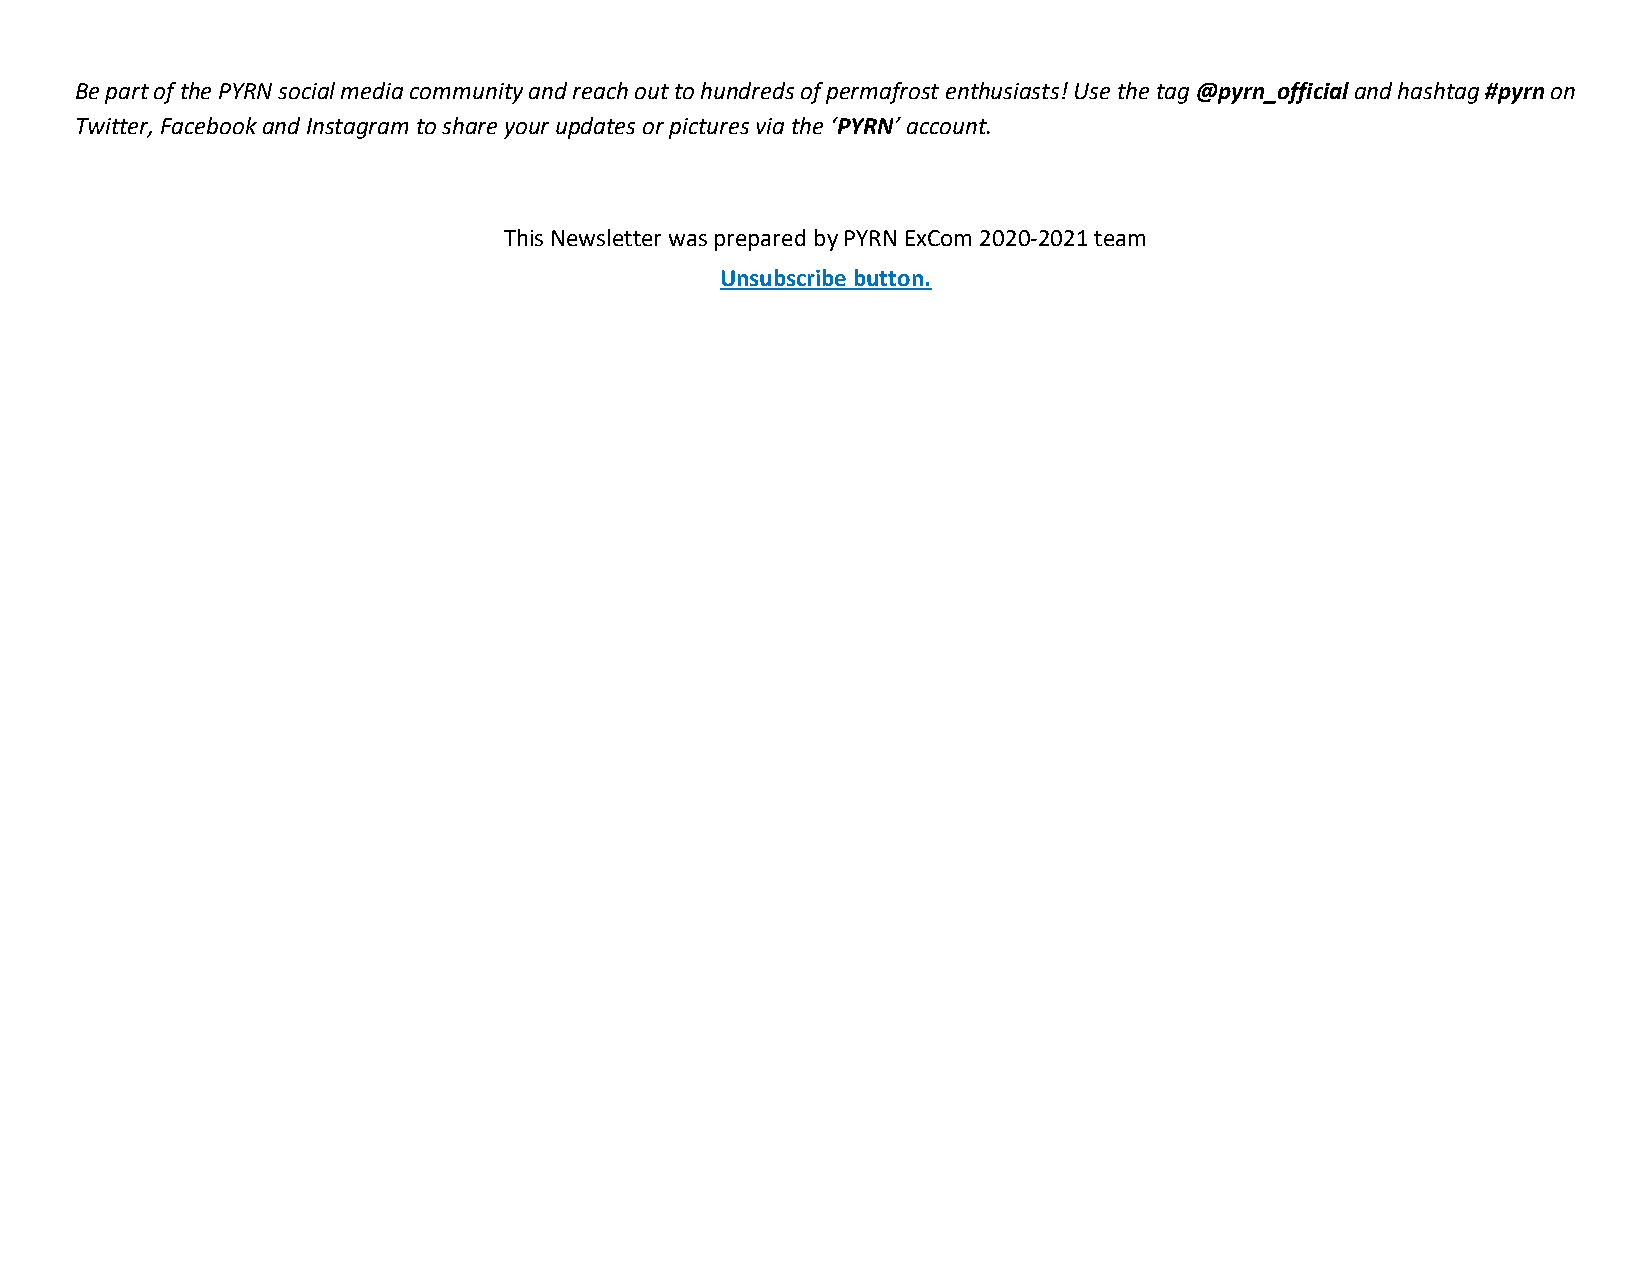
Be part of the PYRN social media community and reach out to hundreds of permafrost enthusiasts! Use the tag @pyrn_official and hashtag #pyrn on
 Twitter, Facebook and Instagram to share your updates or pictures via the ‘PYRN’ account.
 This Newsletter was prepared by PYRN ExCom 2020-2021 team
 Unsubscribe button.